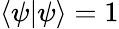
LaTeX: \langle\psi|\psi\rangle=1